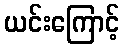
ယင်းကြောင့်